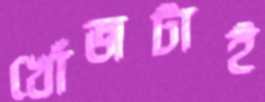
খোঁজটাই